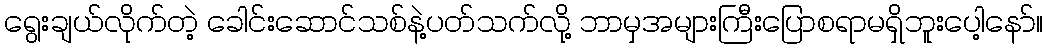
ရွေးချယ်လိုက်တဲ့ ခေါင်းဆောင်သစ်နဲ့ပတ်သက်လို့ ဘာမှအများကြီးပြောစရာမရှိဘူးပေါ့နော်။